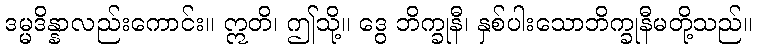
ဒမ္မဒိန္နာလည်းကောင်း။ ဣတိ၊ ဤသို့။ ဒွေ ဘိက္ခုနီ၊ နှစ်ပါးသောဘိက္ခုနီမတို့သည်။